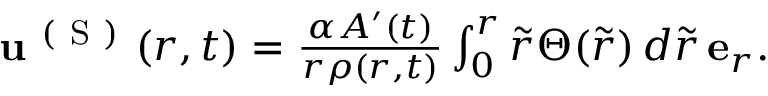
\begin{array} { r } { \mathbf { u } ^ { \mathrm { ~ ( ~ S ~ ) ~ } } ( r , t ) = \frac { \alpha A ^ { \prime } ( t ) } { r \rho ( r , t ) } \int _ { 0 } ^ { r } \tilde { r } \Theta ( \tilde { r } ) \, d \tilde { r } \, \mathbf { e } _ { r } . } \end{array}